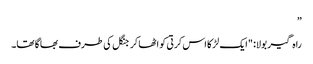
”
راہ گیر بولا: "ایک لڑکا اس کرتی کو اٹھا کر جنگل کی طرف بھاگا تھا۔